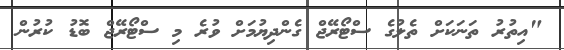
"އިތުރު ތަނަކަށް ތެލުގެ ސްޓޯރޭޖް ގެންދިޔުމަށް ވުރެ މި ސްޓޯރޭޖް ބޮޑު ކުރުން